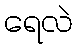
ရေလဲ